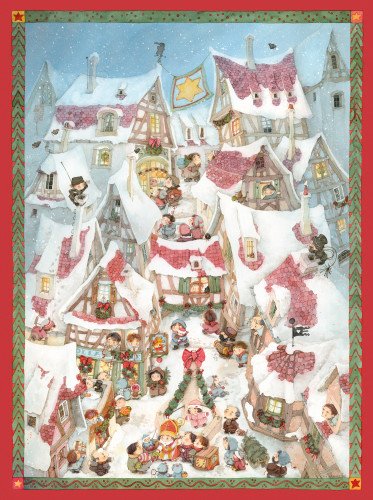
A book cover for Christmas in the Square; Eve Tharlet; Calendars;